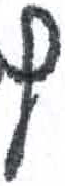
אות: ץ